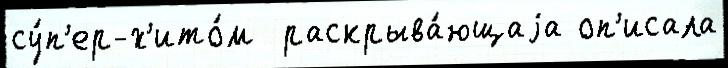
су́п'ер-х'ито́м  раскрыва́ющаjа оп'исала